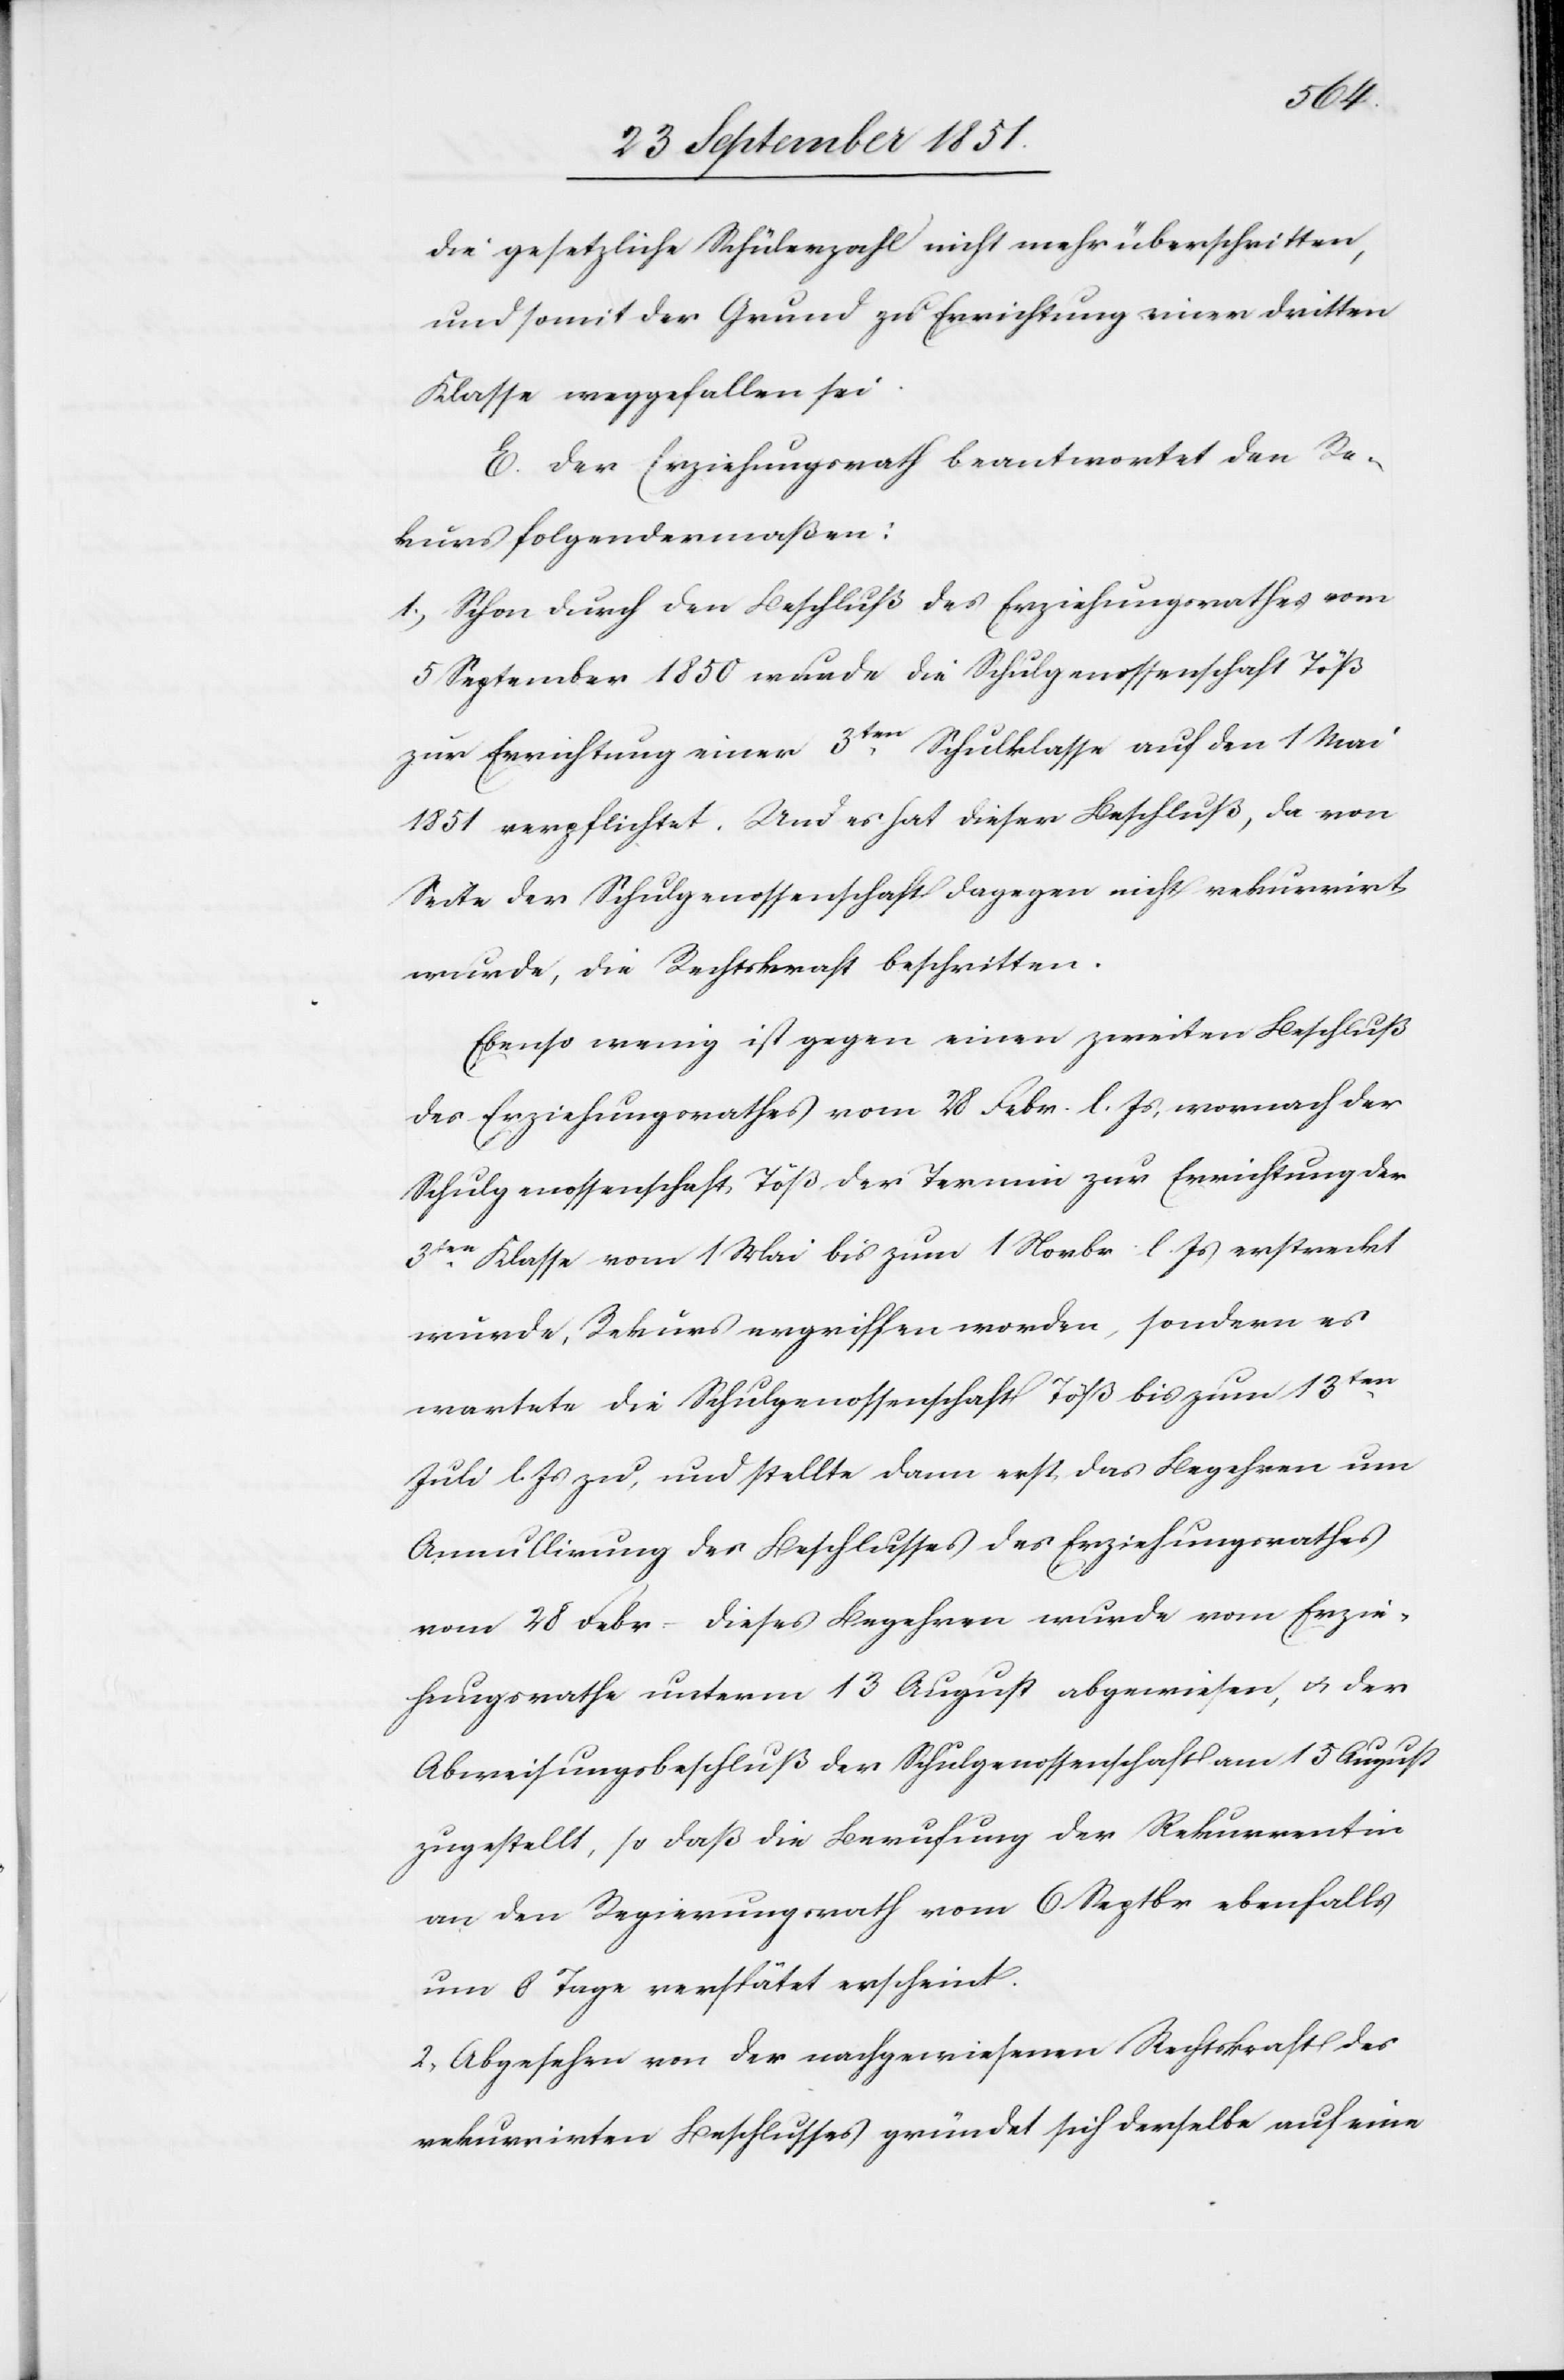
die gesetzliche Schülerzahl nicht mehr überschritten,
und somit der Grund zu Errichtung einer dritten
Klasse weggefallen sei.
E. Der Erziehungsrath beantwortet den Re¬
kurs folgendermaßen:
1.) Schon durch den Beschluß des Erziehungsrathes vom
5 September 1850 wurde die Schulgenossenschaft Töß
zur Errichtung einer 3ten. Schulklasse auf den 1 Mai
1851 verpflichtet. Und es hat dieser Beschluß, da von
Seite der Schulgenossenschaft dagegen nicht rekurrirt
wurde, die Rechtskraft beschritten.
Ebenso wenig ist gegen einen zweiten Beschluß
des Erziehungsrathes vom 28 Febr. l. Js, wornach der
Schulgenossenschaft Töß der Termin zur Errichtung der
3ten. Klasse vom 1 Mai bis zum 1 Novbr. l. Js erstreckt
wurde, Rekurs ergriffen worden, sondern es
wartete die Schulgenossenschaft Töß bis zum 13ten.
Juli l. Js zu, und stellte dann erst das Begehren um
Annullirung des Beschlusses des Erziehungsrathes
vom 28 Febr. – Dieses Begehren wurde vom Erzie¬
hungsrathe unterm 13 August abgewiesen, & der
Abweisungsbeschluß der Schulgenossenschaft am 15 August
zugestellt, so daß die Berufung der Rekurrentin
an den Regierungsrath vom 6 Septbr ebenfalls
um 8 Tage verspätet erscheint.
2. Abgesehen von der nachgewiesenen Rechtskraft des
rekurrirten Beschlusses gründet sich derselbe auf eine